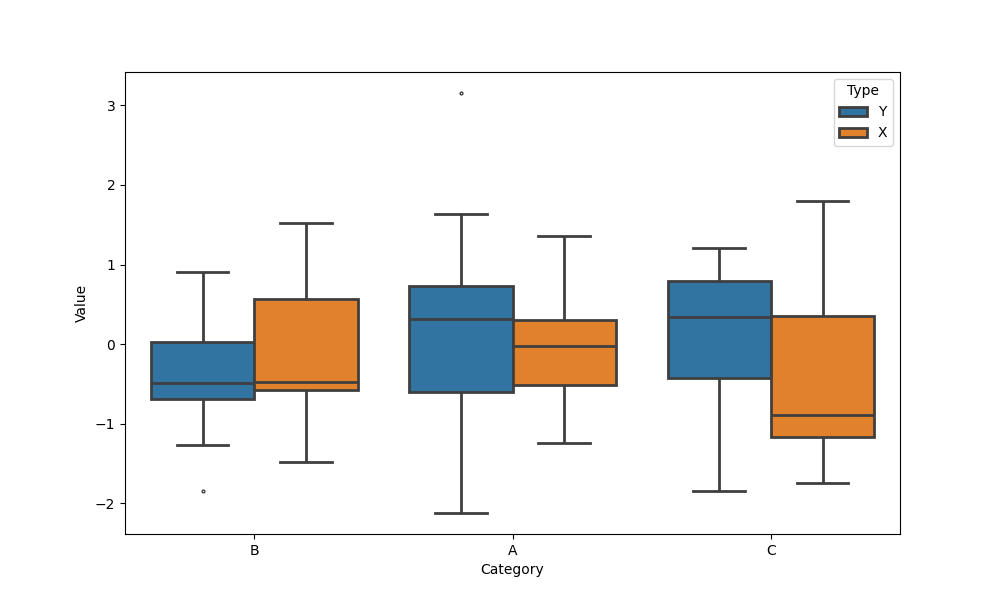
python, seaborn, boxplot, width=0.8, linewidth=2, fliersize=2, notch=False